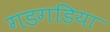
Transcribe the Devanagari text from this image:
गडगडिया